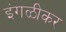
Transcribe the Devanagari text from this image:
इंगळीकर